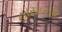
હાયબરી